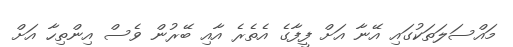
މައްސަލަތަކުގައި އޭނާ އަށް ފީފާގެ އެތެރެ އާއި ބޭރުން ވެސް އިންތިހާ އަށް